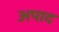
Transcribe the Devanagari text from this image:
अपाद